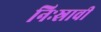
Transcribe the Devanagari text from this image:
निःस्रावी